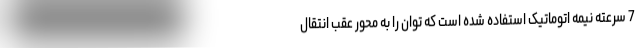
7 سرعته نیمه اتوماتیک استفاده شده است که توان را به محور عقب انتقال